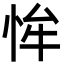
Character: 恈